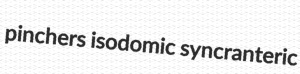
pinchers isodomic syncranteric